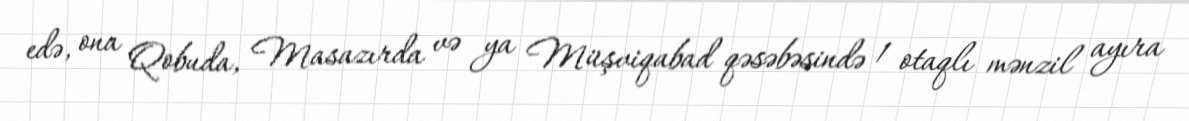
edə, ona Qobuda, Masazırda və ya Müşviqabad qəsəbəsində 1 otaqlı mənzil ayıra